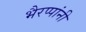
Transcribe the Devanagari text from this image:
भैरप्पांनी